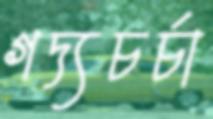
গদ্যচর্চা